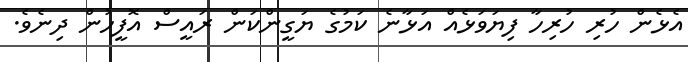
އެޅެން ހުރި ހުރިހާ ފިޔަވަޅެއް އަޅާނެ ކަމުގެ ޔަގީންކަން ރައީސް އޮފީހުން ދިނެވެ.